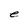
Character: e